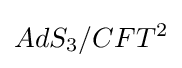
AdS_{3}/CFT^{2}